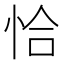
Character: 恰